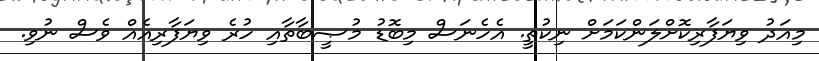
މިއަދު ވިޔަފާރިކޮށްލަންކަމަށް ނިކުތީ. އެހެނަސް މިބޮޑު މުޞީބާތާއި ހުރެ ވިޔަފާރިއެއް ވެސް ނުވި.